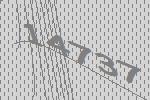
14737